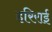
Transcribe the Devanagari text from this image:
हरिराई